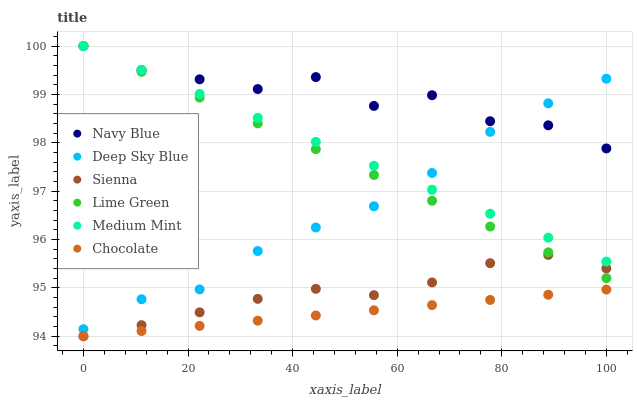
| xaxis_label | Navy Blue | Deep Sky Blue | Sienna | Lime Green | Medium Mint | Chocolate |
 | --- | --- | --- | --- | --- | --- | --- |
 | 0 | 100 | 94.1 | 94 | 100 | 100 | 94 |
 | 11.1 | 99.5 | 94.8 | 94.2 | 99.5 | 99.5 | 94.1 |
 | 22.2 | 99.3 | 95 | 94.5 | 98.9 | 99 | 94.2 |
 | 33.3 | 99.1 | 95.8 | 94.8 | 98.4 | 98.5 | 94.3 |
 | 44.4 | 99.4 | 96.2 | 95 | 97.9 | 98 | 94.4 |
 | 55.6 | 98.8 | 96.7 | 94.8 | 97.3 | 97.5 | 94.5 |
 | 66.7 | 99 | 97.4 | 95.1 | 96.8 | 97 | 94.6 |
 | 77.8 | 98.4 | 98.2 | 95.5 | 96.3 | 96.5 | 94.8 |
 | 88.9 | 98.4 | 98.8 | 95.7 | 95.7 | 96 | 94.9 |
 | 100 | 97.9 | 99.3 | 95.4 | 95.2 | 95.5 | 95 |